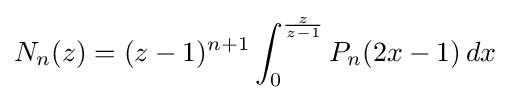
N_{n}(z)=(z-1)^{n+1}\int _{0}^{\frac {z}{z-1}}P_{n}(2x-1)\,dx